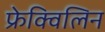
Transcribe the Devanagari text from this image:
फ्रेक्विलिन